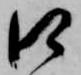
口